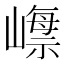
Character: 𡼺